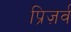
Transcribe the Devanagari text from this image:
प्रिज़र्व